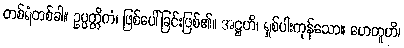
တစ်ရံတစ်ခါ။ ဥပ္ပတ္တိကံ၊ ဖြစ်ပေါ်ခြင်းဖြစ်၏။ အဋ္ဌဟိ၊ ရှစ်ပါးကုန်သော။ ဟေတူဟိ၊